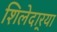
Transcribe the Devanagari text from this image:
शिलेदार्‍या